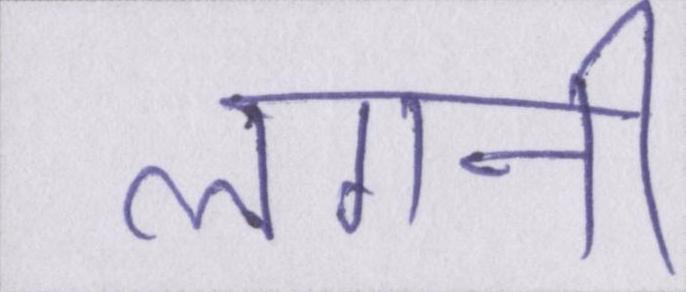
लगनी